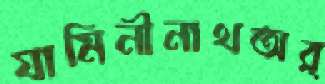
যামিনীনাথঅর্